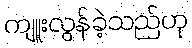
ကျူးလွန်ခဲ့သည်ဟု